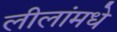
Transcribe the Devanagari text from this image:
लीलांमधे